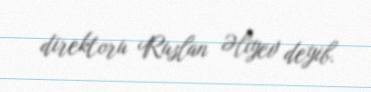
direktoru Ruslan Əliyev deyib.